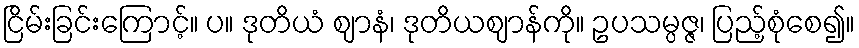
ငြိမ်းခြင်းကြောင့်။ ပ။ ဒုတိယံ ဈာနံ၊ ဒုတိယဈာန်ကို။ ဥပသမ္ပဇ္ဇ၊ ပြည့်စုံစေ၍။